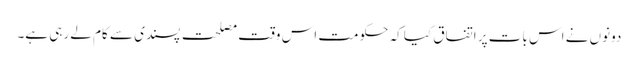
دونوں نے اس بات پر اتفاق کیا کہ حکومت اس وقت مصلحت پسندی سے کام لے رہی ہے۔